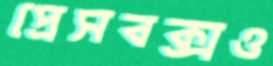
প্রেসবক্সও